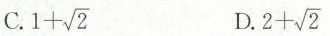
C. $$1 + \sqrt { 2 }$$ D. $$2 + \sqrt { 2 }$$